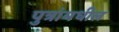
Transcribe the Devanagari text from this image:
पुत्रांमधील